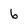
Character: 6